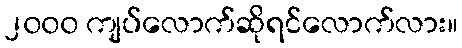
၂၀၀၀ ကျပ်လောက်ဆိုရင်လောက်လား။